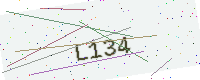
Text: L134